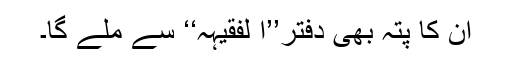
ان کا پتہ بھی دفتر’’ا لفقیہہ‘‘ سے ملے گا۔